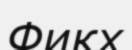
Фикх